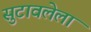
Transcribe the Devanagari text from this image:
सुटावलेला